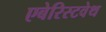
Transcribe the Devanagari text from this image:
एबेरिस्टवेथ